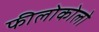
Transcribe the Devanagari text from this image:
फीलोकोलो